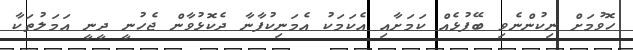
ހޮވުމަށް ނިކުންނެވި ބޭފުޅެއް ކަމަށާއި އެކަމަކު އެމަނިކުފާނާ ދެކޮޅުވާން ޖެހުނީ ދީނީ އަމަލުތަކާ